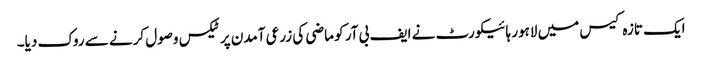
ایک تازہ کیس میں لاہور ہائیکورٹ نے ایف بی آر کو ماضی کی زرعی آمدن پر ٹیکس وصول کرنے سے روک دیا۔